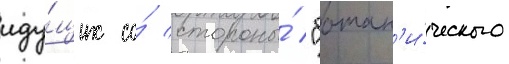
иду́щих со́ стороны́ "ботан'и́ческого